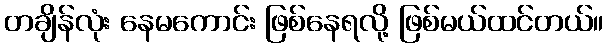
တချိန်လုံး နေမကောင်း ဖြစ်နေရလို့ ဖြစ်မယ်ထင်တယ်။